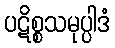
ပဋိစ္စသမုပ္ပါဒံ